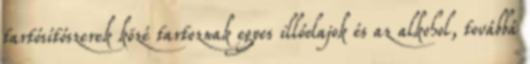
tartósítószerek közé tartoznak egyes illóolajok és az alkohol, továbbá